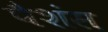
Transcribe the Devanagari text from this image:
पैशंस